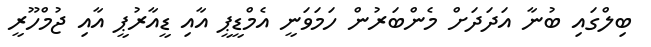
ބިލްގައި ބުނާ އަދަދަށް މެންބަރުން ހަމަވަނީ އެމްޑީޕީ އާއި ޑީއާރުޕީ އާއި ޖުމްހޫރީ